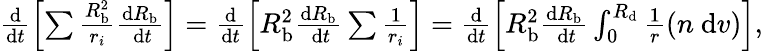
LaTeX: \begin{array}{r}{\frac{\mathrm{d}}{\mathrm{d}t}\left[\sum\frac{R_{\mathrm{b}}^{2}}{r_{i}}\frac{\mathrm{d}R_{\mathrm{b}}}{\mathrm{~d}t}\right]=\frac{\mathrm{d}}{\mathrm{d}t}\left[R_{\mathrm{b}}^{2}\frac{\mathrm{d}R_{\mathrm{b}}}{\mathrm{~d}t}\sum\frac{1}{r_{i}}\right]=\frac{\mathrm{d}}{\mathrm{d}t}\left[R_{\mathrm{b}}^{2}\frac{\mathrm{d}R_{\mathrm{b}}}{\mathrm{~d}t}\int_{0}^{R_{\mathrm{d}}}\frac{1}{r}(n\mathrm{~d}v)\right],}\end{array}